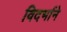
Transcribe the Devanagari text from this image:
विदर्भाने